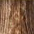
لن